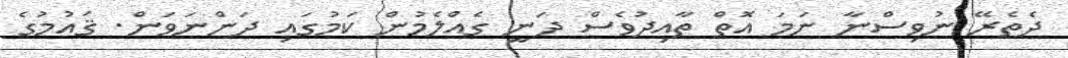
ދެތެރޭ ނުވިސްނާ ނަމަ އޮތް ތާއިދުވެސް ދަނީ ގެއްލެމުން ކަމުގައި ދަންނަވަން. ޤައުމުގެ